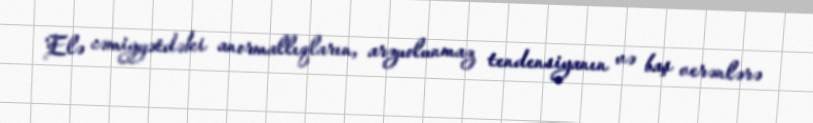
Elə cəmiyyətdəki anormallıqların, arzuolunmaz tendensiyanın və baş verənlərə